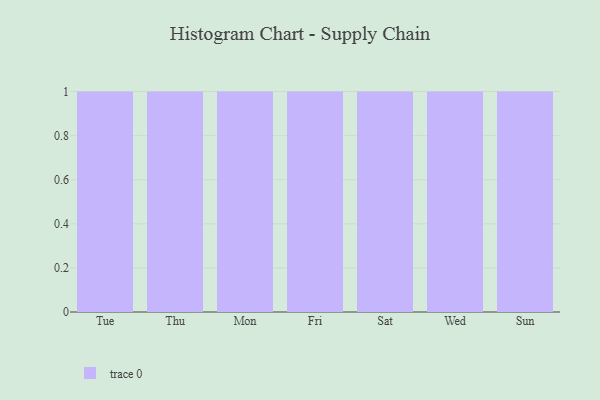
{"axis": {"x": "Day", "y": "Bounce Rate (%)"}, "legend": [""], "data": [{"x": "Tue", "y": 17, "type": ""}, {"x": "Thu", "y": 19, "type": ""}, {"x": "Mon", "y": 9, "type": ""}, {"x": "Fri", "y": 15, "type": ""}, {"x": "Sat", "y": 42, "type": ""}, {"x": "Wed", "y": 64, "type": ""}, {"x": "Sun", "y": 57, "type": ""}]}